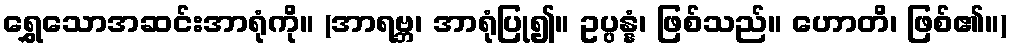
ရွှေသောအဆင်းအာရုံကို။ (အာရဗ္ဘ၊ အာရုံပြု၍။ ဥပ္ပန္နံ၊ ဖြစ်သည်။ ဟောတိ၊ ဖြစ်၏။)